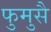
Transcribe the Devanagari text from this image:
फुमुसै